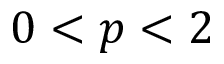
0 < p < 2